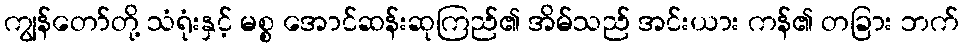
ကျွန်တော်တို့ သံရုံးနှင့် မစ္စ အောင်ဆန်းဆုကြည်၏ အိမ်သည် အင်းယား ကန်၏ တခြား ဘက်